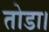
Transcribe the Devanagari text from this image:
तोडा।